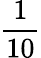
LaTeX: \frac{1}{10}